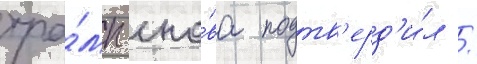
тра́мп сно́ва подтв'ерд'и́л /